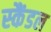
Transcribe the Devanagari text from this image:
स्‍कैंडल